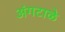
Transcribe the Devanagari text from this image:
अंगटाळे